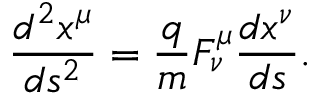
\frac { d ^ { 2 } x ^ { \mu } } { d s ^ { 2 } } = \frac { q } { m } F _ { \nu } ^ { \mu } \frac { d x ^ { \nu } } { d s } .